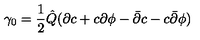
\gamma _ { 0 } = \frac { 1 } { 2 } { \hat { Q } } ( \partial c + c \partial \phi - { \bar { \partial } } c - c { \bar { \partial } } \phi )